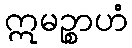
ဣမဉ္စာဟံ